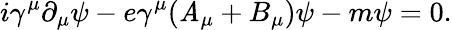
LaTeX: i\gamma^{\mu}\partial_{\mu}\psi-e\gamma^{\mu}(\mathit{A}_{\mu}+B_{\mu})\psi-m\psi=0.